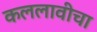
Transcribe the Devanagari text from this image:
कललावीचा